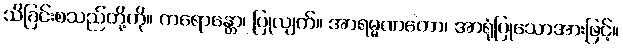
သိခြင်းစသည်တို့ကို။ ကရောန္တော၊ ပြုလျက်။ အာရမ္မဏတော၊ အာရုံပြုသောအားဖြင့်။